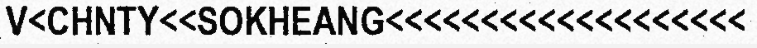
V<CHNTY<<SOKHEANG<<<<<<<<<<<<<<<<<<<